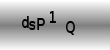
Text: dsP1Q